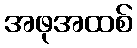
အဖုအထစ်